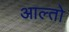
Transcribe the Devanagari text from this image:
आल्तो